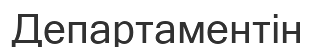
Департаментін